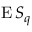
\operatorname { E } S _ { q }